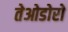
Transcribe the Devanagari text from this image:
तेओडोरो